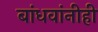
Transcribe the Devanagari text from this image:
बांधवांनीही